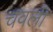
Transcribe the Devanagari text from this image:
चवली